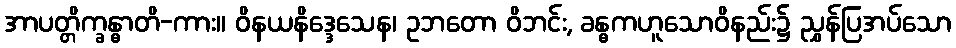
အာပတ္တိက္ခန္ဓာတိ-ကား။ ဝိနယနိဒ္ဒေသေန၊ ဥဘတော ဝိဘင်း, ခန္ဓကဟူသောဝိနည်း၌ ညွှန်ပြအပ်သော